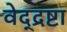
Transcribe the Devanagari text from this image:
वेद्द्रष्टा